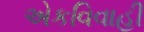
એકવિવાહી